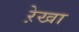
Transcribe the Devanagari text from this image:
रे़खा